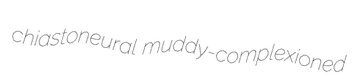
chiastoneural muddy-complexioned